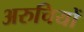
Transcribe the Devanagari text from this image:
अरुचियों